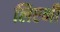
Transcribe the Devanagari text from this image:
लिएभी